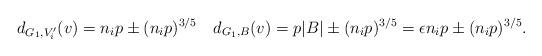
LaTeX: \begin{align*}d_{G_1,V'_i}(v) = n_i p \pm (n_ip)^{3/5} \enspace \enspace d_{G_1,B}(v) = p|B| \pm (n_ip)^{3/5} = \epsilon n_ip \pm (n_ip)^{3/5}.\end{align*}